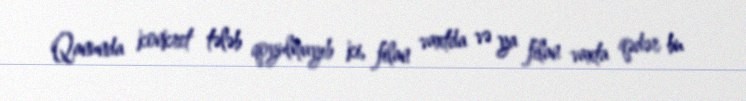
Qanunda konkret tələb qoyulmayıb ki, filan vaxtda və ya filan vaxta qədər bu